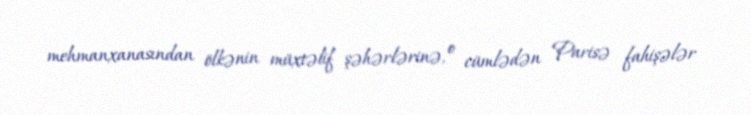
mehmanxanasından ölkənin müxtəlif şəhərlərinə, o cümlədən Parisə fahişələr